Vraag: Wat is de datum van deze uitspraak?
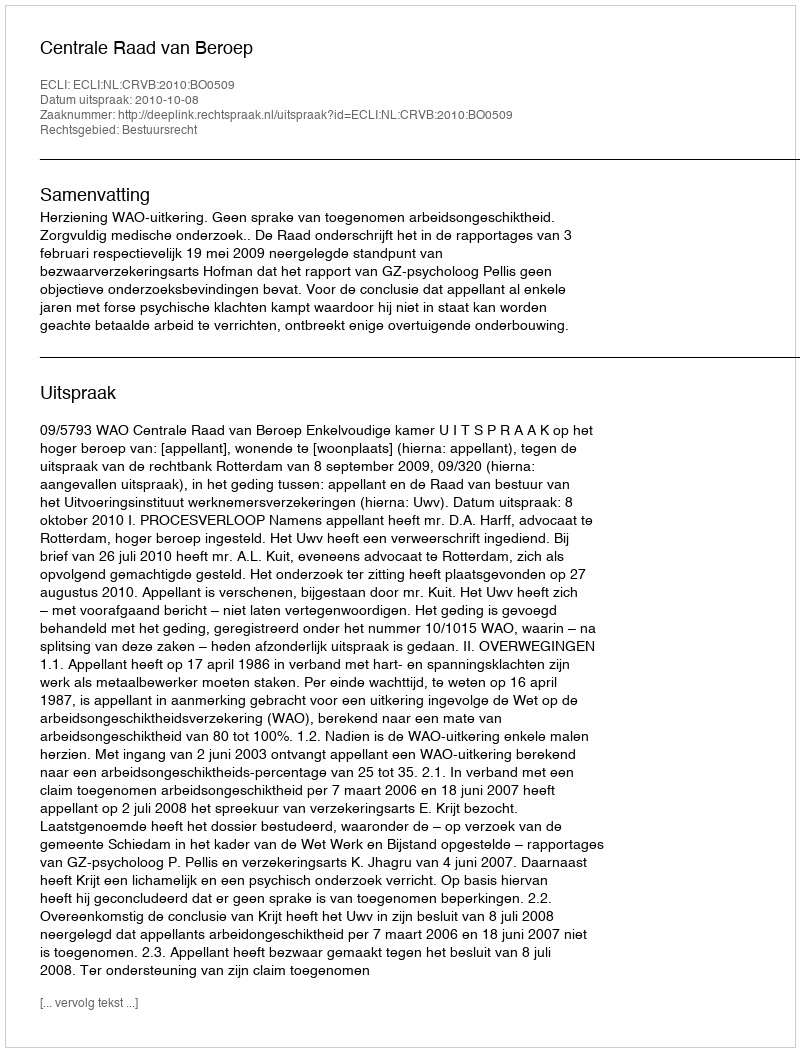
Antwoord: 2010-10-08